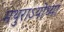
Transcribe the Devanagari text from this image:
मथुराऽयोध्या